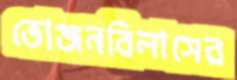
ভোজনবিলাসের